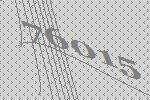
76015